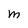
Character: M